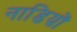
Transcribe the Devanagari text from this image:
नाडिय़ों